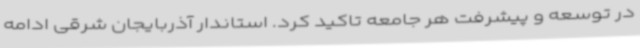
در توسعه و پیشرفت هر جامعه تاکید کرد. استاندار آذربایجان شرقی ادامه